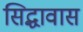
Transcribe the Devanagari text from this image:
सिद्धावास